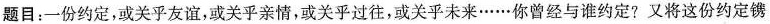
题目：一份约定，或关乎友谊，或关乎亲情，或关乎过往，或关乎未来……你曾经与谁约定?又将这份约定镌